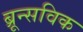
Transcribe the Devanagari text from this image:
ब्रून्सविक